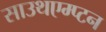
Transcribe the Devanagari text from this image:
साउथएम्प्टन